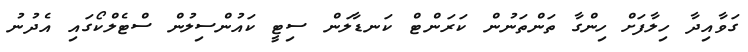
ގަވާއިދާ ހިލާފަށް ހިންގާ ތަންތަނުން ކަރަންޓް ކަނޑާލަން ސިޓީ ކައުންސިލުން ސްޓެލްކޯގައި އެދުނު